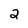
Character: 2